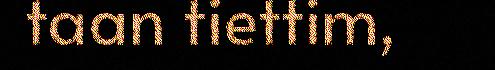
taan tiettim,